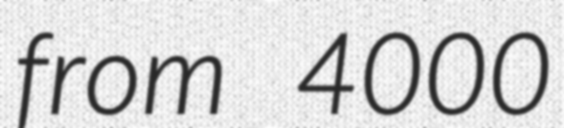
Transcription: from 4000